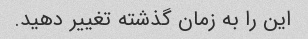
این را به زمان گذشته تغییر دهید.